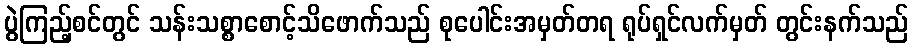
ပွဲကြည့်စင်တွင် သန်းသစ္စာစောင့်သိဖောက်သည် စုပေါင်းအမှတ်တရ ရုပ်ရှင်လက်မှတ် တွင်းနက်သည်